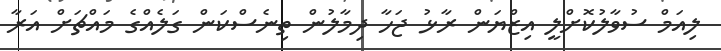
ލިއަމް ސުވާލުކޮށްލީ އިޒްޔަން ރާޅު ޖަހާ ދިމާލުން ތިނެސްކަން ގަލެއްގެ މައްޗަށް އަރާ